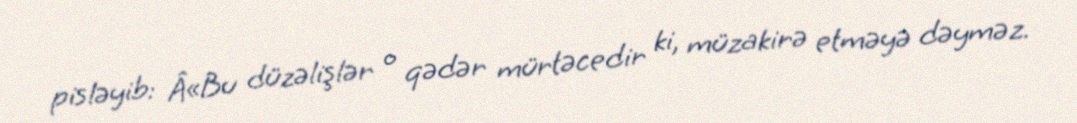
pisləyib: Â«Bu düzəlişlər o qədər mürtəcedir ki, müzakirə etməyə dəyməz.